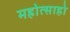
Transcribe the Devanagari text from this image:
महोत्साहो